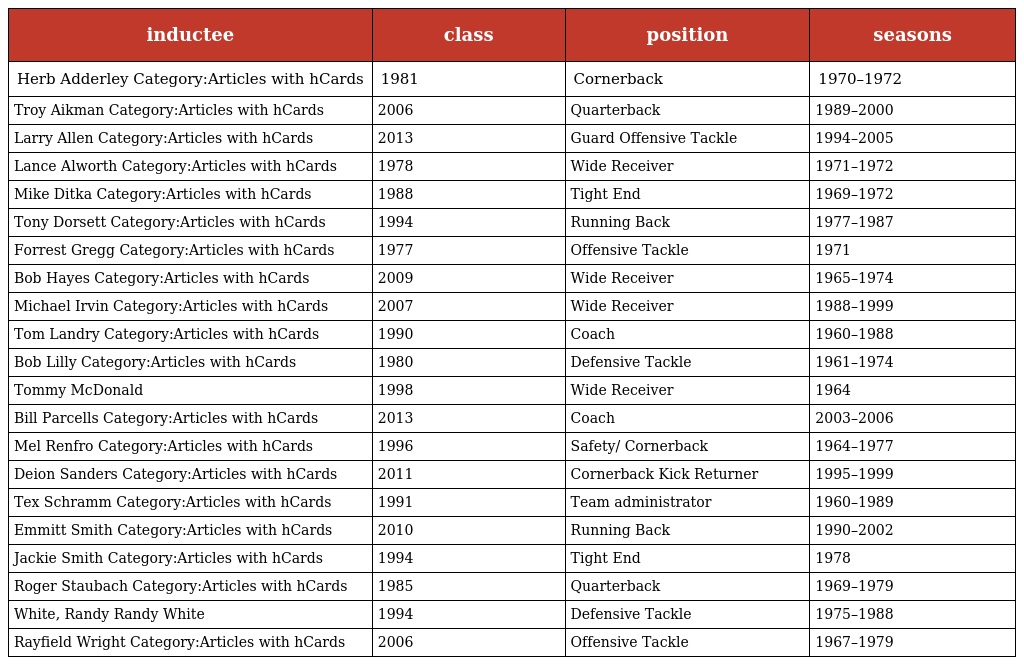
| inductee | class | position | seasons |
 | --- | --- | --- | --- |
 | Herb Adderley Category:Articles with hCards | 1981 | Cornerback | 1970–1972 |
 | Troy Aikman Category:Articles with hCards | 2006 | Quarterback | 1989–2000 |
 | Larry Allen Category:Articles with hCards | 2013 | Guard Offensive Tackle | 1994–2005 |
 | Lance Alworth Category:Articles with hCards | 1978 | Wide Receiver | 1971–1972 |
 | Mike Ditka Category:Articles with hCards | 1988 | Tight End | 1969–1972 |
 | Tony Dorsett Category:Articles with hCards | 1994 | Running Back | 1977–1987 |
 | Forrest Gregg Category:Articles with hCards | 1977 | Offensive Tackle | 1971 |
 | Bob Hayes Category:Articles with hCards | 2009 | Wide Receiver | 1965–1974 |
 | Michael Irvin Category:Articles with hCards | 2007 | Wide Receiver | 1988–1999 |
 | Tom Landry Category:Articles with hCards | 1990 | Coach | 1960–1988 |
 | Bob Lilly Category:Articles with hCards | 1980 | Defensive Tackle | 1961–1974 |
 | Tommy McDonald | 1998 | Wide Receiver | 1964 |
 | Bill Parcells Category:Articles with hCards | 2013 | Coach | 2003–2006 |
 | Mel Renfro Category:Articles with hCards | 1996 | Safety/ Cornerback | 1964–1977 |
 | Deion Sanders Category:Articles with hCards | 2011 | Cornerback Kick Returner | 1995–1999 |
 | Tex Schramm Category:Articles with hCards | 1991 | Team administrator | 1960–1989 |
 | Emmitt Smith Category:Articles with hCards | 2010 | Running Back | 1990–2002 |
 | Jackie Smith Category:Articles with hCards | 1994 | Tight End | 1978 |
 | Roger Staubach Category:Articles with hCards | 1985 | Quarterback | 1969–1979 |
 | White, Randy Randy White | 1994 | Defensive Tackle | 1975–1988 |
 | Rayfield Wright Category:Articles with hCards | 2006 | Offensive Tackle | 1967–1979 |